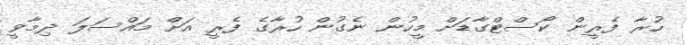
ހުރާ ފެރީން ކޯސްޓްގާޑަށް މީހުން ނެގުން ހުރާގެ ފެރީ އަށް މައްސަލަ ދިމާވީ